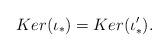
LaTeX: \begin{align*}Ker (\iota _*) = Ker (\iota _*') .\end{align*}